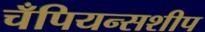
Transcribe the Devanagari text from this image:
चँपियन्सशीप